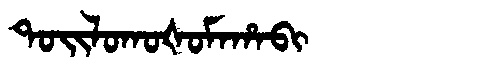
Manchu: ᡨᠣᡳᠯᠣᡴᠣᡧᠣᠮᠠᡥᠠᠪᡳ
Romanization: TOILOKOŠOMAHABI